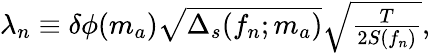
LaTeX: \begin{array}{r}{\lambda_{n}\equiv\delta\phi(m_{a})\sqrt{\Delta_{s}(f_{n};m_{a})}\sqrt{\frac{T}{2S(f_{n})}},}\end{array}